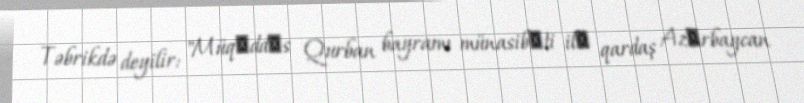
Təbrikdə deyilir: "Müqәddәs Qurban bayramı münasibәti ilә qardaş Azәrbaycan